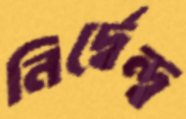
নির্দ্বেন্দ্ব